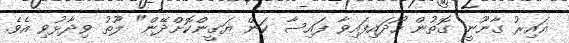
ޣައިރު ގާނޫނީ ގޮތުން ހޯދައިފައިވާ ފައިސާ ކަން ޔަގީންކޮށްދޭން" ލޫތު ވިދާޅުވި އެވެ.